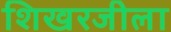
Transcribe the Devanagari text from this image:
शिखरजीला